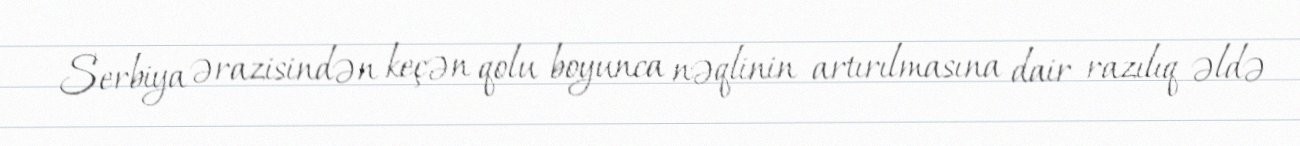
Serbiya ərazisindən keçən qolu boyunca nəqlinin artırılmasına dair razılıq əldə